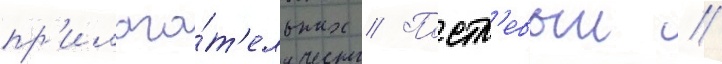
пр'илага́т'ельных // Постл'евыи //